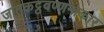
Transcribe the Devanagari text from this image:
जातकट्ठवण्णनाकार